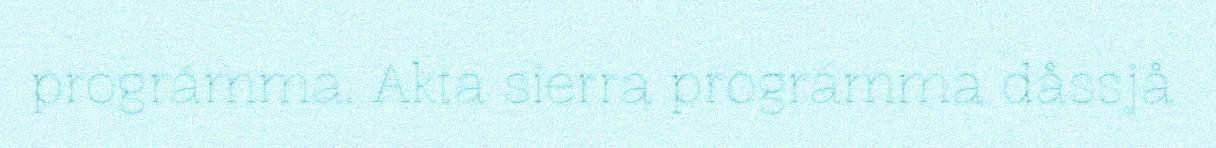
prográmma. Akta sierra prográmma dåssjå